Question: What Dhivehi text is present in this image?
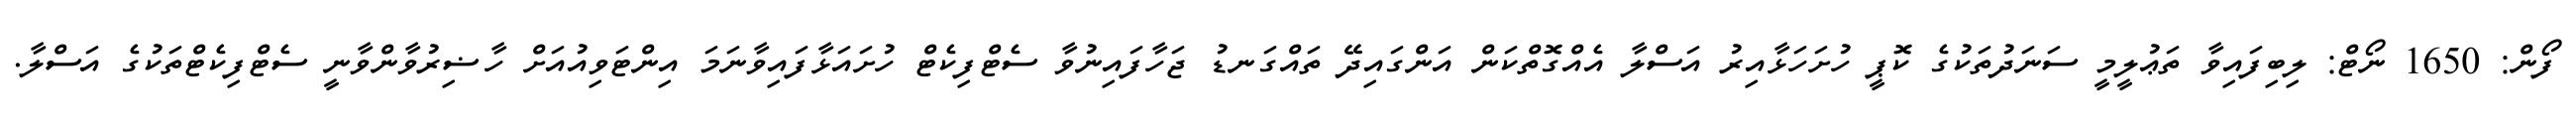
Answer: ފޯން: 1650 ނޯޓް: ލިބިފައިވާ ތަޢުލީމީ ސަނަދުތަކުގެ ކޮޕީ ހުށަހަޅާއިރު އަސްލާ އެއްގޮތްކަން އަންގައިދޭ ތައްގަނޑު ޖަހާފައިނުވާ ސެޓްފިކެޓް ހުށައަޅާފައިވާނަމަ އިންޓަވިއުއަށް ހާޟިރުވާންވާނީ ސެޓްފިކެޓްތަކުގެ އަސްލާ.